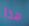
هذا